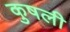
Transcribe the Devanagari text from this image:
कुषली